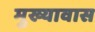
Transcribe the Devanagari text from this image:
मुख्यावास